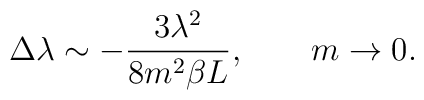
\Delta \lambda \sim  -\frac{3\lambda^2}{8m^2 \beta L}, \qquad m \rightarrow 0.